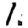
Digit: 1